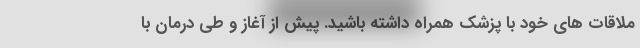
ملاقات های خود با پزشک همراه داشته باشید. پیش از آغاز و طی درمان با